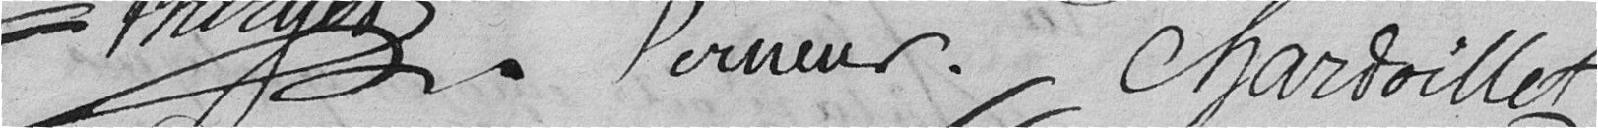
Burger Verneur Chardoillet